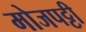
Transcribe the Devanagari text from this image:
मोजपट्टी